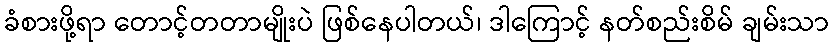
ခံစားဖို့ရာ တောင့်တတာမျိုးပဲ ဖြစ်နေပါတယ်၊ ဒါကြောင့် နတ်စည်းစိမ် ချမ်းသာ